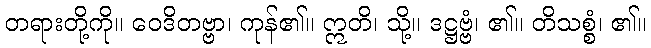
တရားတို့ကို။ ဝေဒိတဗ္ဗာ၊ ကုန်၏။ ဣတိ၊ သို့။ ဒဋ္ဌဗ္ဗံ၊ ၏။ တိသစ္စံ၊ ၏။